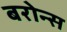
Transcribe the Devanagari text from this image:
बरोन्स